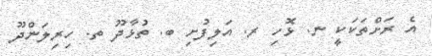
އެ ރަށްތަކަކީ ނ. ޅޮހި ރ. އަލިފުށި ބ. ތުޅާދޫ ތ. ހިރިލަންދޫ